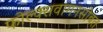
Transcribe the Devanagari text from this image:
फोल्क्सवागनसोबत